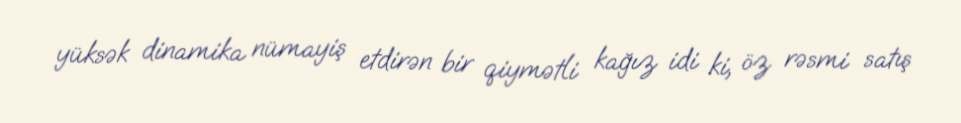
yüksək dinamika nümayiş etdirən bir qiymətli kağız idi ki, öz rəsmi satış